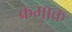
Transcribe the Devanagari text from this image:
क्रमाक